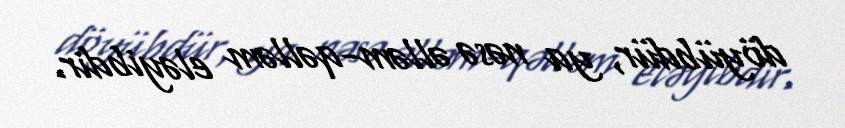
döyübdür, ya nəsə əlləm-qəlləm eləyibdir.